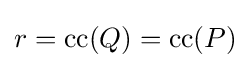
r=\mathrm {cc} (Q)=\mathrm {cc} (P)